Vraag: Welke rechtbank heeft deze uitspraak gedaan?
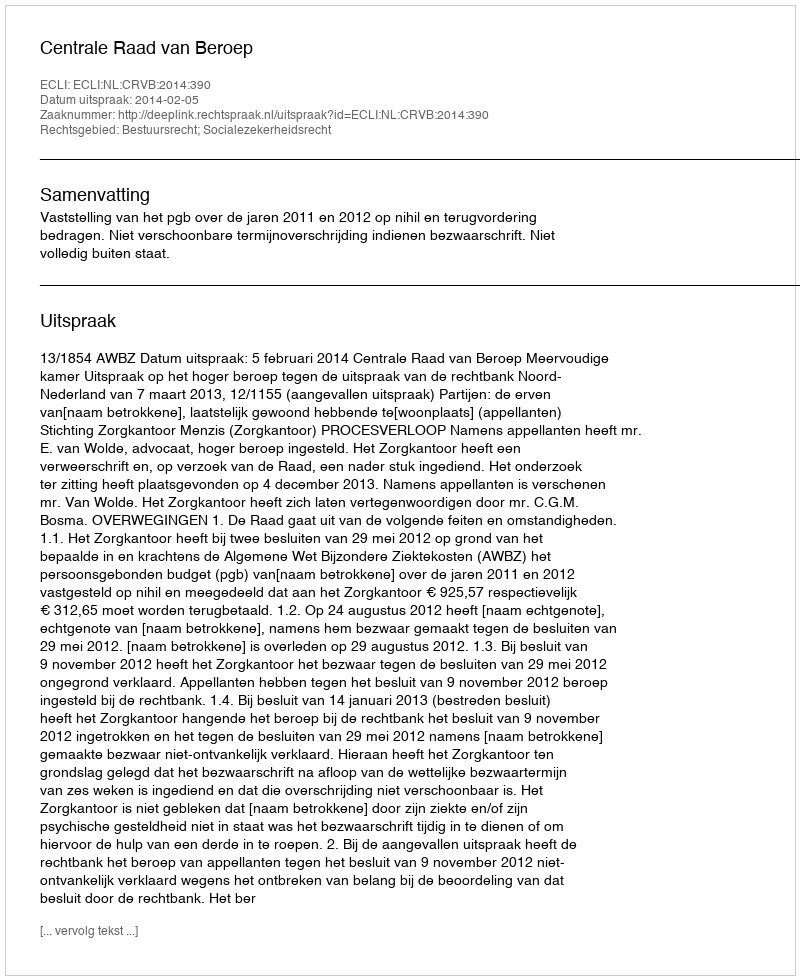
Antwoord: Centrale Raad van Beroep